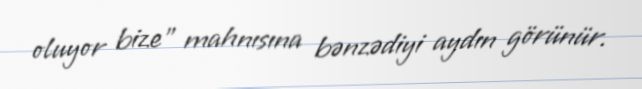
oluyor bize” mahnısına bənzədiyi aydın görünür.